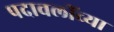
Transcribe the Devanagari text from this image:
पदावलींच्या